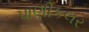
પાણીકલર